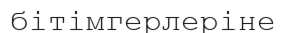
бітімгерлеріне